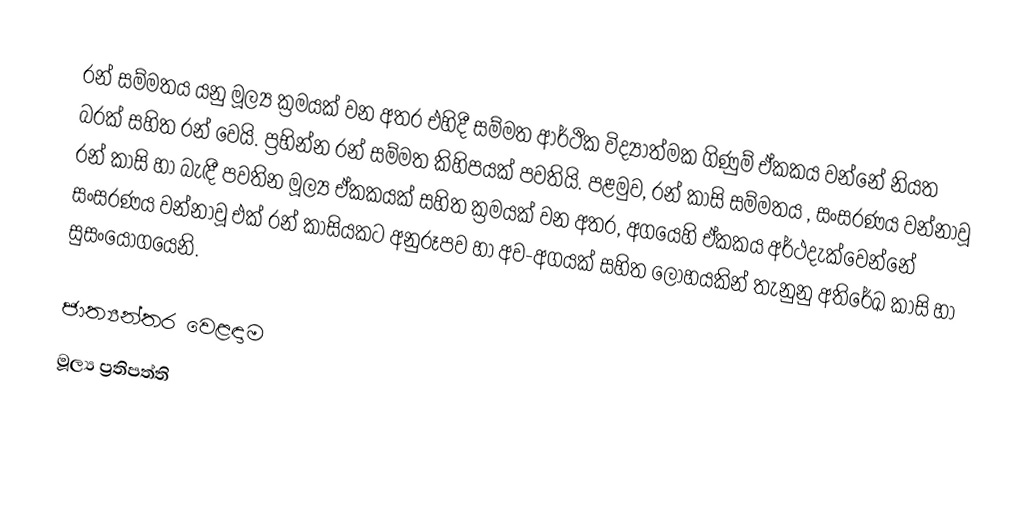
රන් සම්මතය යනු මූල්‍ය ක්‍රමයක් වන අතර එහිදී සම්මත ආර්ථික විද්‍යාත්මක ගිණුම් ඒකකය වන්නේ නියත බරක් සහිත රන් වෙයි. ප්‍රභින්න රන් සම්මත කිහිපයක් පවතියි. පළමුව, රන් කාසි සම්මතය , සංසරණය වන්නාවූ රන් කාසි හා බැඳී පවතින මූල්‍ය ඒකකයක් සහිත ක්‍රමයක් වන අතර, අගයෙහි ඒකකය අර්ථදැක්වෙන්නේ සංසරණය වන්නාවූ එක් රන් කාසියකට අනුරූපව හා අව-අගයක් සහිත ලෝහයකින් තැනුනු අතිරේඛ කාසි හා සුසංයෝගයෙනි.

ජාත්‍යන්තර වෙළඳාම
මූල්‍ය ප්‍රතිපත්ති